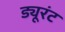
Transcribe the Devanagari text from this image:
ड्यूरंट